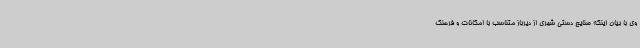
وی با بیان اینکه صنایع دستی شهری از دیرباز متناسب با امکانات و فرهنگ